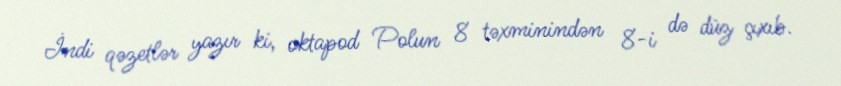
İndi qəzetlər yazır ki, oktapod Polun 8 təxminindən 8-i də düz çıxıb.